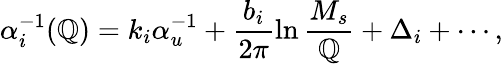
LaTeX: \alpha_{i}^{-1}(\mathbb{Q})=k_{i}\alpha_{u}^{-1}+\frac{{b_{i}}}{{2\pi}}\ln\frac{{M_{s}}}{{\mathbb{Q}}}+\Delta_{i}+\cdots,